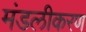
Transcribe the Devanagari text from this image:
मंडलीकरण